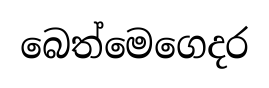
බෙත්මෙගෙදර